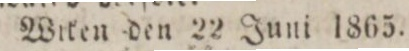
Wrken den 22 Juni 1865.